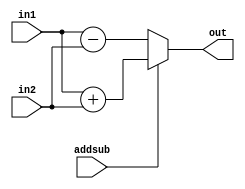
module alu  (output reg [15:0] out, input [15:0] in1, input [15:0] in2, input addsub);

    always @(*) begin
        if (addsub == 0) 
            out = in1 - in2; // 10 means sub
        else 
            out = in1 + in2; // 01 - add
    end
endmodule